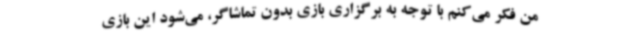
من فکر می‌کنم با توجه به برگزاری بازی بدون تماشاگر، می‌شود این بازی